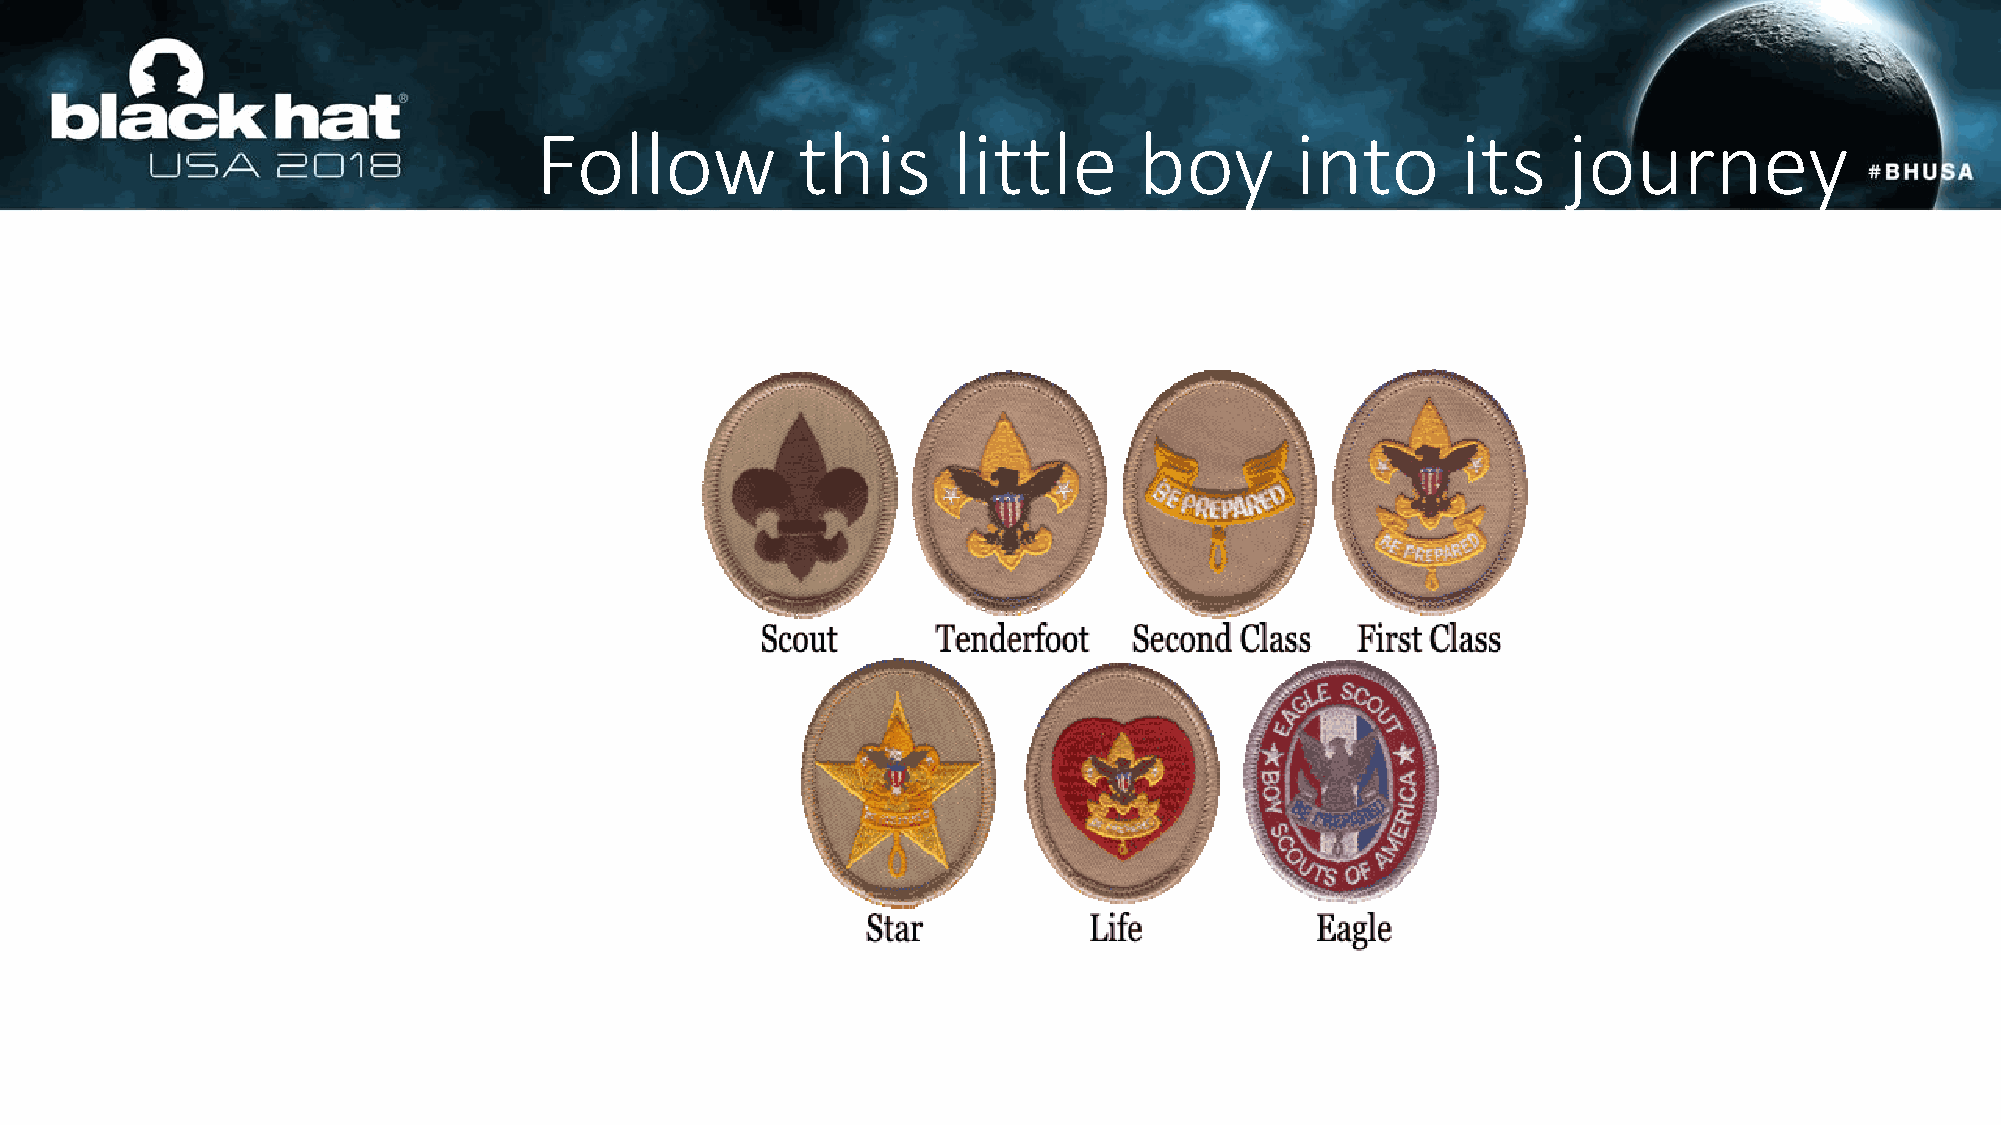
Follow            this      little      boy        into       its    journey